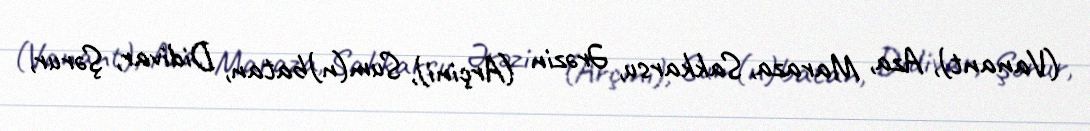
(Vanant), Aza, Maraza, Sakkarsu, Ərəzin (Arçini), Sum(n)batan, Didivar, Şərur,